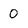
Character: 0